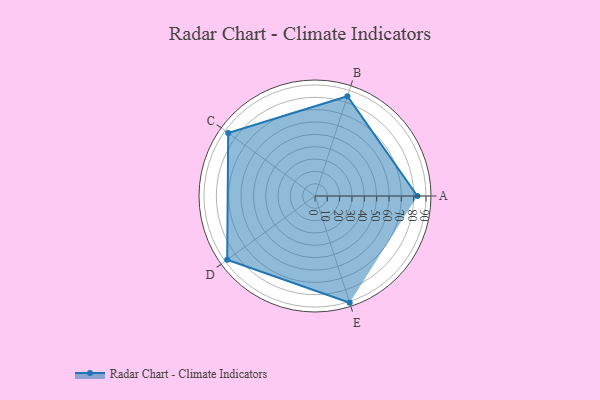
{"axis": {"x": "Skill", "y": "Score"}, "legend": ["Profile"], "data": [{"x": "A", "y": 83.0, "type": "Profile"}, {"x": "B", "y": 85.0, "type": "Profile"}, {"x": "C", "y": 87.0, "type": "Profile"}, {"x": "D", "y": 88.0, "type": "Profile"}, {"x": "E", "y": 91.0, "type": "Profile"}]}